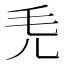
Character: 𣬜